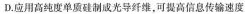
D. 应用高纯度单质硅制成光导纤维，可提高信息传输速度